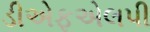
ડીએફએલપી